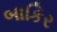
બાકિર